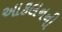
આકલનની